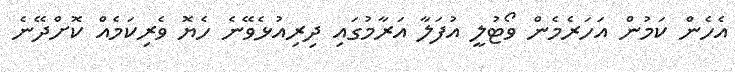
އެހެން ކަމުން އަހަރެމެން ވޯޓުލީ އުފަލާ އަރާމުގައި ދިރިއުޅެވޭނެ ހެޔޮ ވެރިކަމެއް ކޮށްދޭނެ